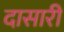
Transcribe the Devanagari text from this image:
दासारी